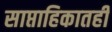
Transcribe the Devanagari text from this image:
साप्ताहिकातही